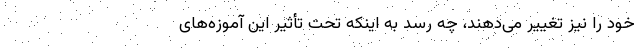
خود را نیز تغییر می‌دهند، چه رسد به اینکه تحت تأثیر این آموزه‌های